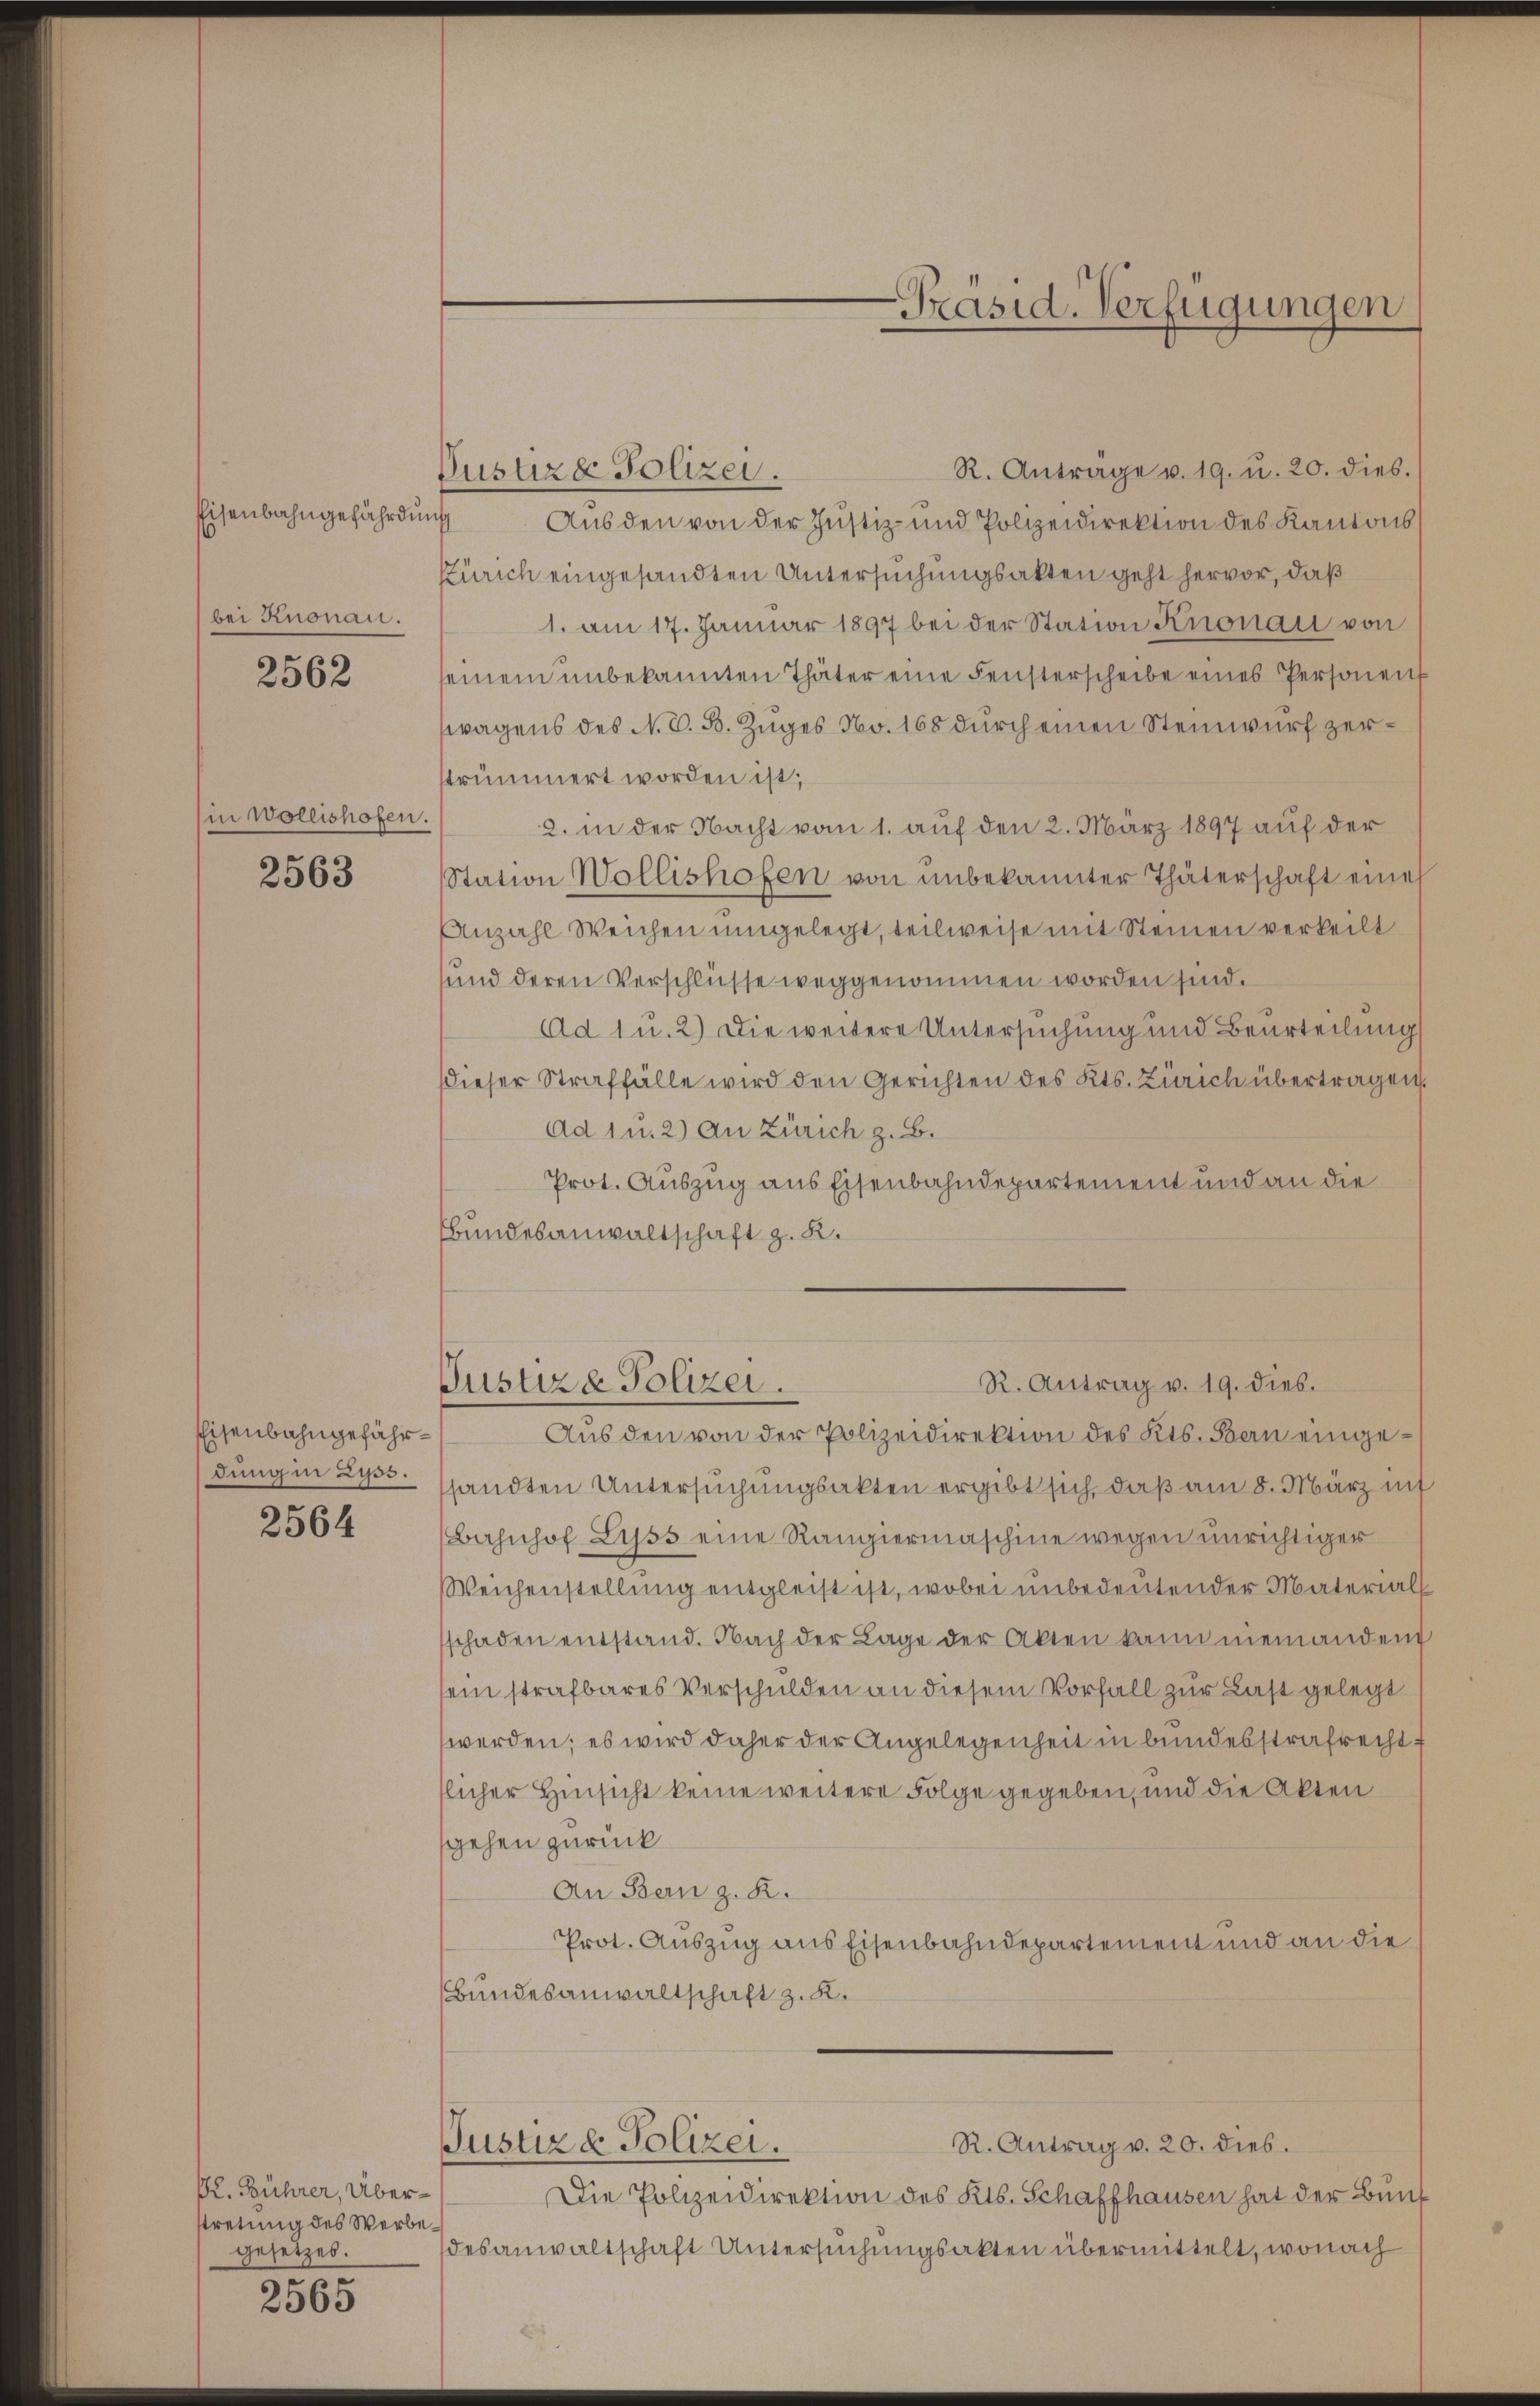
bei Knonau.

2562

in Wollishofen.

2563

Eisenbahngefährdung in Zuss.

2564

Dr. Bührer, Überstretung des Verbegesetzes.

2565

R. Anträge u. 19. u. 20. dies.
Pustiza Polizei.
Eisenbahngefährdŭng Aŭs den von der Justiz- und Polizeidirektion des Kantons
Zürich eingesandten Untersuchungsakten geht hervor, daß
1. am 17. Januar 1897 bei der Station Knonau von
seinem unbekannten Thäter eine Fensterscheibe eines Personenf
wagens des N. O. B. Zuges No. 168 durch einen Steinwurf zerstrümmert worden ist;
2. in der Nacht vom 1. auf den 2. März 1897 auf der
Station Wollishofen von unbekannter Thäterschaft eine
Anzahl Weichen umgelegt, teilweise mit Steinen verkeilt
und deren Verschlüsse weggenommen worden sind.
Ad 1 u. 2) Die weitere Untersuchung und Beurteilung
dieser Straffälle wird den Gerichten des Kts. Zürich übertragen.
Ad 1 u. 2) An Zürich z. B.
Prot. Auszug aus Eisenbahndepartement und an die
Bbundesanwaltschaft z. R.

-Präsid. Verfügungen

R. Antrag v. 19. dies.
Justiz- Polizei.

Aus den von der Polizeidirektion des Kts. Bern eingesandten Untersuchungsakten ergibt sich, daß am 8. März in
Bahnhof Lyss eine Rangiermaschine wegen unrichtiger
Weichenstellung entgleist ist, wobei unbedeutender Materials
schaden entstand. Nach der Lage der Akten kann niemandend
sein strafbares Verschulden an diesem Vorfall zur Last gelegt
werden; es wird daher der Angelegenheit in bundesstrafrecht f
slicher Hinsicht keine weitere Folge gegeben, und die Akten
sgehen zurück
An Bern z. R.
Prot. Auszug aus Eisenbahndepartement und an die
Bundesanwaltschaft z. K.
Justiz & Polizei.
R. Antrag v. 20. dies.
Die Polizeidirektion des Kts. Schaffhausen hat der Bunf
desanwaltschaft Untersuchungsakten übermittelt, wonach